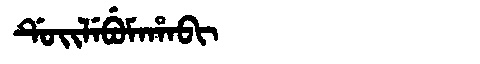
Manchu: ᡩᡠᡳᠯᡝᠪᡠᠮᠠᡥᠠᠪᡳ
Romanization: DUILEBUMAHABI